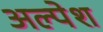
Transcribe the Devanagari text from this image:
अल्पेश